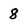
Character: 8